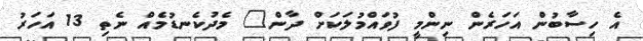
އެ ހިސާބުން އަހަރެން ނިންމީ ފުވައްމުލަކަށް ދާން" މެދުކެނޑުމެއް ނެތި 13 އަހަރު